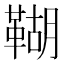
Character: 䩴